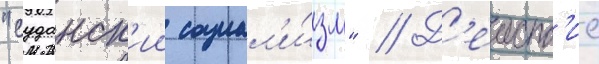
"суданск'ии социал'и́зм" // Д'еиств'ие